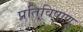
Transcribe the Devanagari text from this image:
प्रतिविषाणू